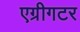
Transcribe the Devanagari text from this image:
एग्रीगटर